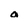
Character: a